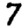
Digit: 7